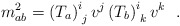
\begin{align*}m_{ab}^2=\left( T_a\right) _{\,\,j}^iv^j\left( T_b\right)_{\,\,k}^iv^k~~.\end{align*}